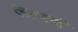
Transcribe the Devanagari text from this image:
लागणं